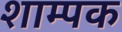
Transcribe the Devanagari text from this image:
शाम्पक